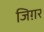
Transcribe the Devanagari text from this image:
जिग़र